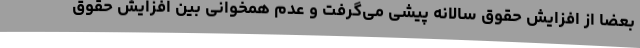
بعضا از افزایش حقوق سالانه پیشی می‌گرفت و عدم همخوانی بین افزایش حقوق